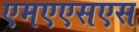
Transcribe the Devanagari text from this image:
एमएएसएस